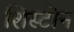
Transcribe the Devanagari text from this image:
शिस्टोन